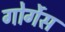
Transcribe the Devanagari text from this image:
गोर्गेस